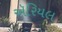
ઍરિયલ